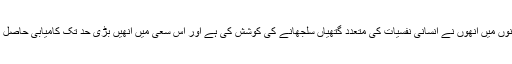
اپنے افسانوں میں انھوں نے انسانی نفسیات کی متعدد گتھیاں سلجھانے کی کوشش کی ہے اور اس سعی میں انھیں بڑی حد تک کامیابی حاصل ہوئی ہے۔